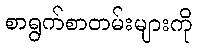
စာရွက်စာတမ်းများကို